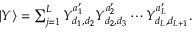
\begin{array} { r } { { | { Y } \rangle } = \sum _ { j = 1 } ^ { L } Y _ { d _ { 1 } , d _ { 2 } } ^ { a _ { 1 } ^ { \prime } } Y _ { d _ { 2 } , d _ { 3 } } ^ { a _ { 2 } ^ { \prime } } \cdots Y _ { d _ { L } , d _ { L + 1 } } ^ { a _ { L } ^ { \prime } } . } \end{array}